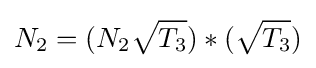
N_{2}=(N_{2}{\sqrt {T_{3}}})*({\sqrt {T_{3}}})